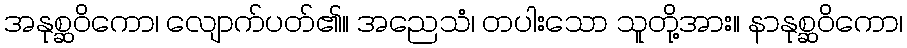
အနုစ္ဆဝိကော၊ လျောက်ပတ်၏။ အညေသံ၊ တပါးသော သူတို့အား။ နာနုစ္ဆဝိကော၊